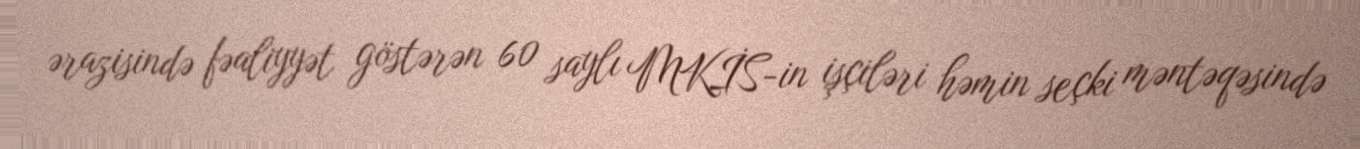
ərazisində fəaliyyət göstərən 60 saylı MKİS-in işçiləri həmin seçki məntəqəsində